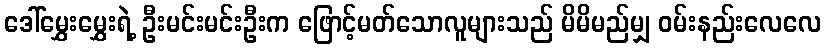
ဒေါ်မွှေးမွှေးရဲ့ ဦးမင်းမင်းဦးက ဖြောင့်မတ်သောလူများသည် မိမိမည်မျှ ဝမ်းနည်းလေလေ